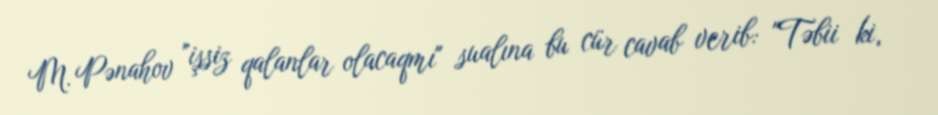
M. Pənahov "işsiz qalanlar olacaqmı" sualına bu cür cavab verib: "Təbii ki,